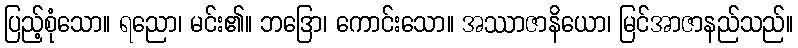
ပြည့်စုံသော။ ရညော၊ မင်း၏။ ဘဒြော၊ ကောင်းသော။ အဿာဇာနိယော၊ မြင်အာဇာနည်သည်။